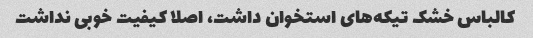
کالباس خشک تیکه‌های استخوان داشت، اصلا کیفیت خوبی نداشت